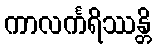
ကာလင်္ကရိဿန္တိ